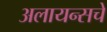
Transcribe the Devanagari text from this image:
अलायन्सचे